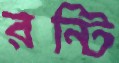
রন্টি